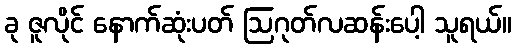
ခု ဇူလိုင် နောက်ဆုံးပတ် ဩဂုတ်လဆန်းပေါ့ သူရယ်။